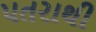
પતરાથી